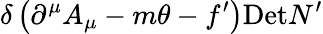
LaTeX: \delta\left(\partial^{\mu}A_{\mu}-m\theta-f^{\prime}\right)\mathrm{Det}N^{\prime}